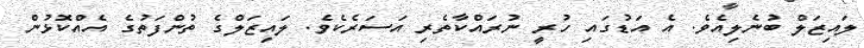
ލައިޒަލް ބުނެލިއެވެ. އެ އަޑުގައި ހުރީ ނުރައްކާތެރި އަސަރެކެވެ. ލައިޒަލްގެ ތުންފަތުގެ އެއްކޮޅުން